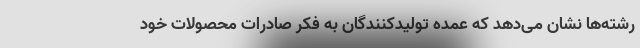
رشته‌ها نشان می‌دهد که عمده تولیدکنندگان به فکر صادرات محصولات خود